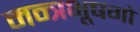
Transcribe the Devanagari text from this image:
मन्त्रभूषगो